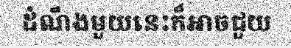
ដំណឹងមួយនេះក៏អាចជួយ